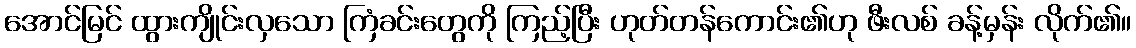
အောင်မြင် ထွားကျိုင်းလှသော ကြံခင်းတွေကို ကြည့်ပြီး ဟုတ်တန်ကောင်း၏ဟု ဖီးလစ် ခန့်မှန်း လိုက်၏။